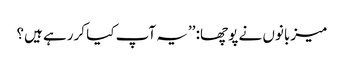
میزبانوں نے پوچھا: ’’یہ آپ کیا کررہے ہیں؟